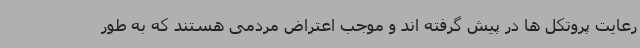
رعایت پروتکل ها در پیش گرفته اند و موجب اعتراض مردمی هستند که به طور